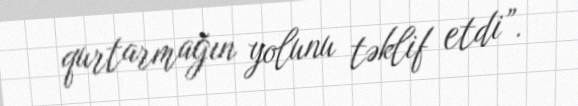
qurtarmağın yolunu təklif etdi”.